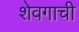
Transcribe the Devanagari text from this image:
शेवगाची